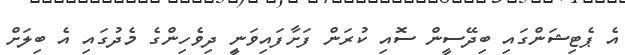
އެ ޕެޓިޝަންގައި ބިދޭސީން ސޮއި ކުރަން ފަށާފައިވަނިީ ދިވެހިންގެ މެދުގައި އެ ބިލަށް